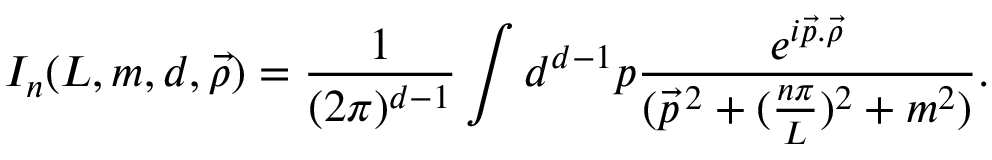
I _ { n } ( L , m , d , \vec { \rho } ) = \frac { 1 } { ( 2 \pi ) ^ { d - 1 } } \int { } d ^ { d - 1 } p \frac { e ^ { i \vec { p } . \vec { \rho } } } { ( \vec { p } ^ { \, 2 } + ( \frac { n \pi } { L } ) ^ { 2 } + m ^ { 2 } ) } .